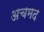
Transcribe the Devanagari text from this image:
अचमद